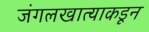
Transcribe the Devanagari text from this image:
जंगलखात्याकडून